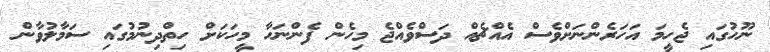
ނޫހުގައި ޖެހީމަ އަހަރެންނަށްވެސް އެއްޗެއް ދަސްވެއްޖެ މިހެން ފެންނަހާ މީހަކަށް ހިތްދިނުމުގައި ސަމާލުވާން